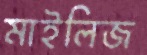
মাইলিজ